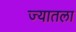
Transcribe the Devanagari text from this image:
ज्यातला